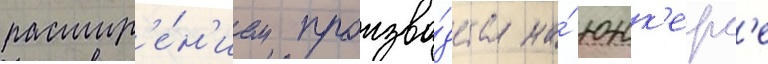
расшир'е́н'ием произво́дства на́ юнк'ерс'е